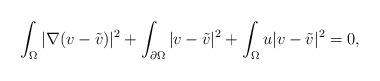
LaTeX: \begin{align*}\int_{\Omega}|\nabla(v-\tilde{v}) |^{2}+\int_{\partial\Omega}|v-\tilde{v}|^{2}+\int_{\Omega}u|v-\tilde{v}|^{2}=0,\end{align*}